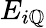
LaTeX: E_{i\mathbb{Q}}